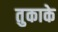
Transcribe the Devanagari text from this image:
तुकाके